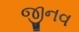
જીનવ